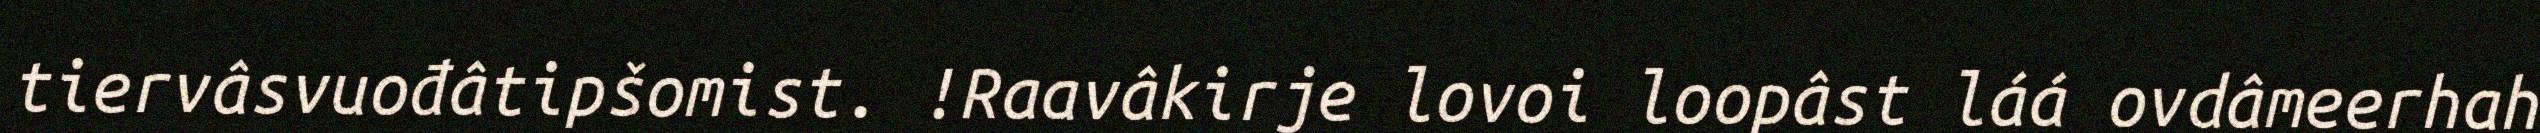
tiervâsvuođâtipšomist. !Raavâkirje lovoi loopâst láá ovdâmeerhah